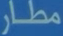
مطار